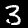
Label: 3